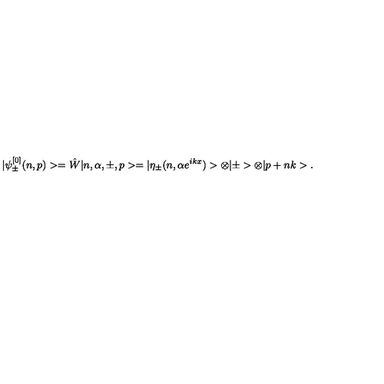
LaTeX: | \psi _ { \pm } ^ { [ 0 ] } ( n , p ) > = \hat { W } | n , \alpha , \pm , p > \nonumber = | \eta _ { \pm } ( n , \alpha e ^ { i k x } ) > \otimes | \pm > \otimes | p + n k > .